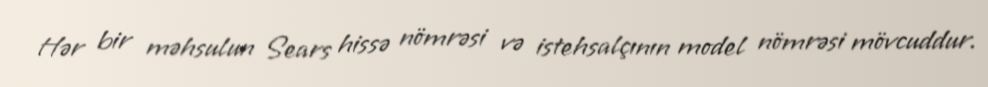
Hər bir məhsulun Sears hissə nömrəsi və istehsalçının model nömrəsi mövcuddur.